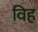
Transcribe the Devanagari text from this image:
विह